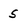
Character: 5